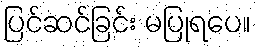
ပြင်ဆင်ခြင်း မပြုရပေ။